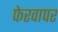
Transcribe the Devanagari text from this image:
फेरवापर